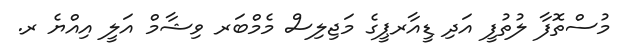
މުސްތޮފާ ލުތުފީ އަދި ޑީއާރޕީގެ މަޖިލިސް މެމްބަރ ވިޝާމް އަލީ އިއްޔެ ރ.